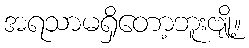
အရသာမရှိတော့ဘူးဗျို့။